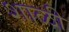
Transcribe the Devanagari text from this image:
शाळी